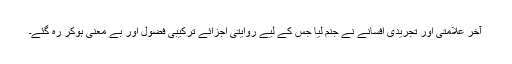
آخر علامتی اور تجریدی افسانے نے جنم لیا جس کے لیے روایتی اجزائے ترکیبی فضول اور بے معنی ہوکر رہ گئے۔